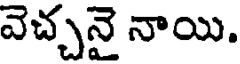
వెచ్చనై నాయి.